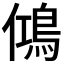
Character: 𬷉